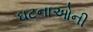
ઘટનાઓની